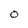
Character: 0